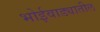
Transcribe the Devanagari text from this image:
भोईवाड्यातील